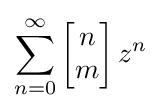
\sum _{n=0}^{\infty }\left[{\begin{matrix}n\\m\end{matrix}}\right]z^{n}